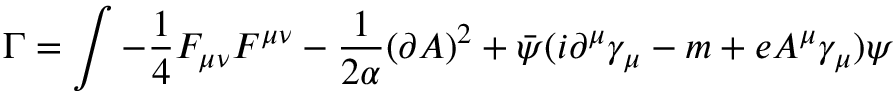
\Gamma = \int - \frac 1 4 F _ { \mu \nu } F ^ { \mu \nu } - \frac 1 { 2 \alpha } ( \partial A ) ^ { 2 } + \bar { \psi } ( i \partial ^ { \mu } \gamma _ { \mu } - m + e A ^ { \mu } \gamma _ { \mu } ) \psi